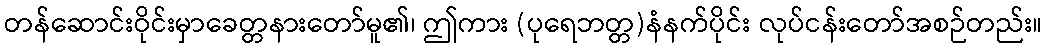
တန်ဆောင်းဝိုင်းမှာခေတ္တနားတော်မူ၏၊ ဤကား (ပုရေဘတ္တ)နံနက်ပိုင်း လုပ်ငန်းတော်အစဉ်တည်း။